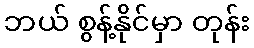
ဘယ် စွန့်နိုင်မှာ တုန်း